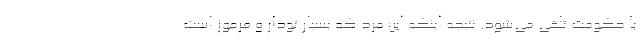
با حکومت تلقی می‌شود. نتیجه اینکه این مرد که بسیار تودار و مرموز است